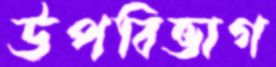
উপবিভাগ